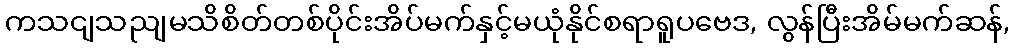
ကသငျသညျမသိစိတ်တစ်ပိုင်းအိပ်မက်နှင့်မယုံနိုင်စရာရူပဗေဒ, လွန်ပြီးအိမ်မက်ဆန်,